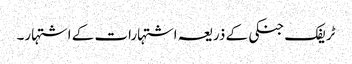
ٹریفک جنکی کے ذریعہ اشتہارات کے اشتہار۔